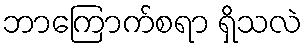
ဘာကြောက်စရာ ရှိသလဲ